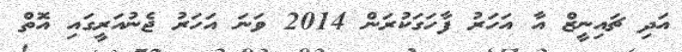
އަދި ޗައިނީޒް އާ އަހަރު ފާހަގަކުރަން 2014 ވަނަ އަހަރު ޖެނުއަރީގައި އޮތް